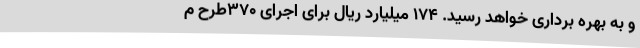
و به بهره برداری خواهد رسید. 174 میلیارد ریال برای اجرای 370طرح م